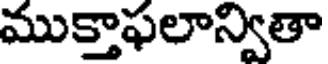
ముక్తాఫలాన్వితా